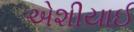
એશીયાઈ